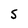
Character: S